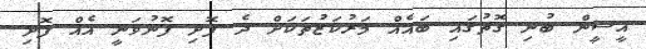
އީސީން ބުނި ގޮތުގައި ބައެއް މަރުކަޒުތަކަށް ދެ ފޮށި ފޮނުވަނީ އެއް ފޮށި